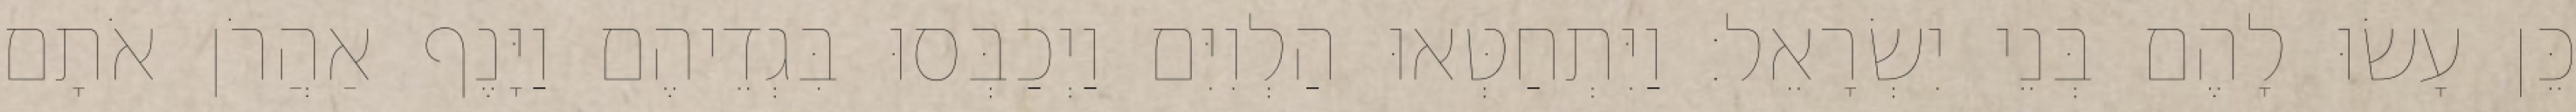
כֵּן עָשׂוּ לָהֶם בְּנֵי יִשְׂרָאֵל׃ וַיִּתְחַטְּאוּ הַלְוִיִּם וַיְכַבְּסוּ בִּגְדֵיהֶם וַיָּנֶף אַהֲרֹן אֹתָם